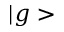
| g >